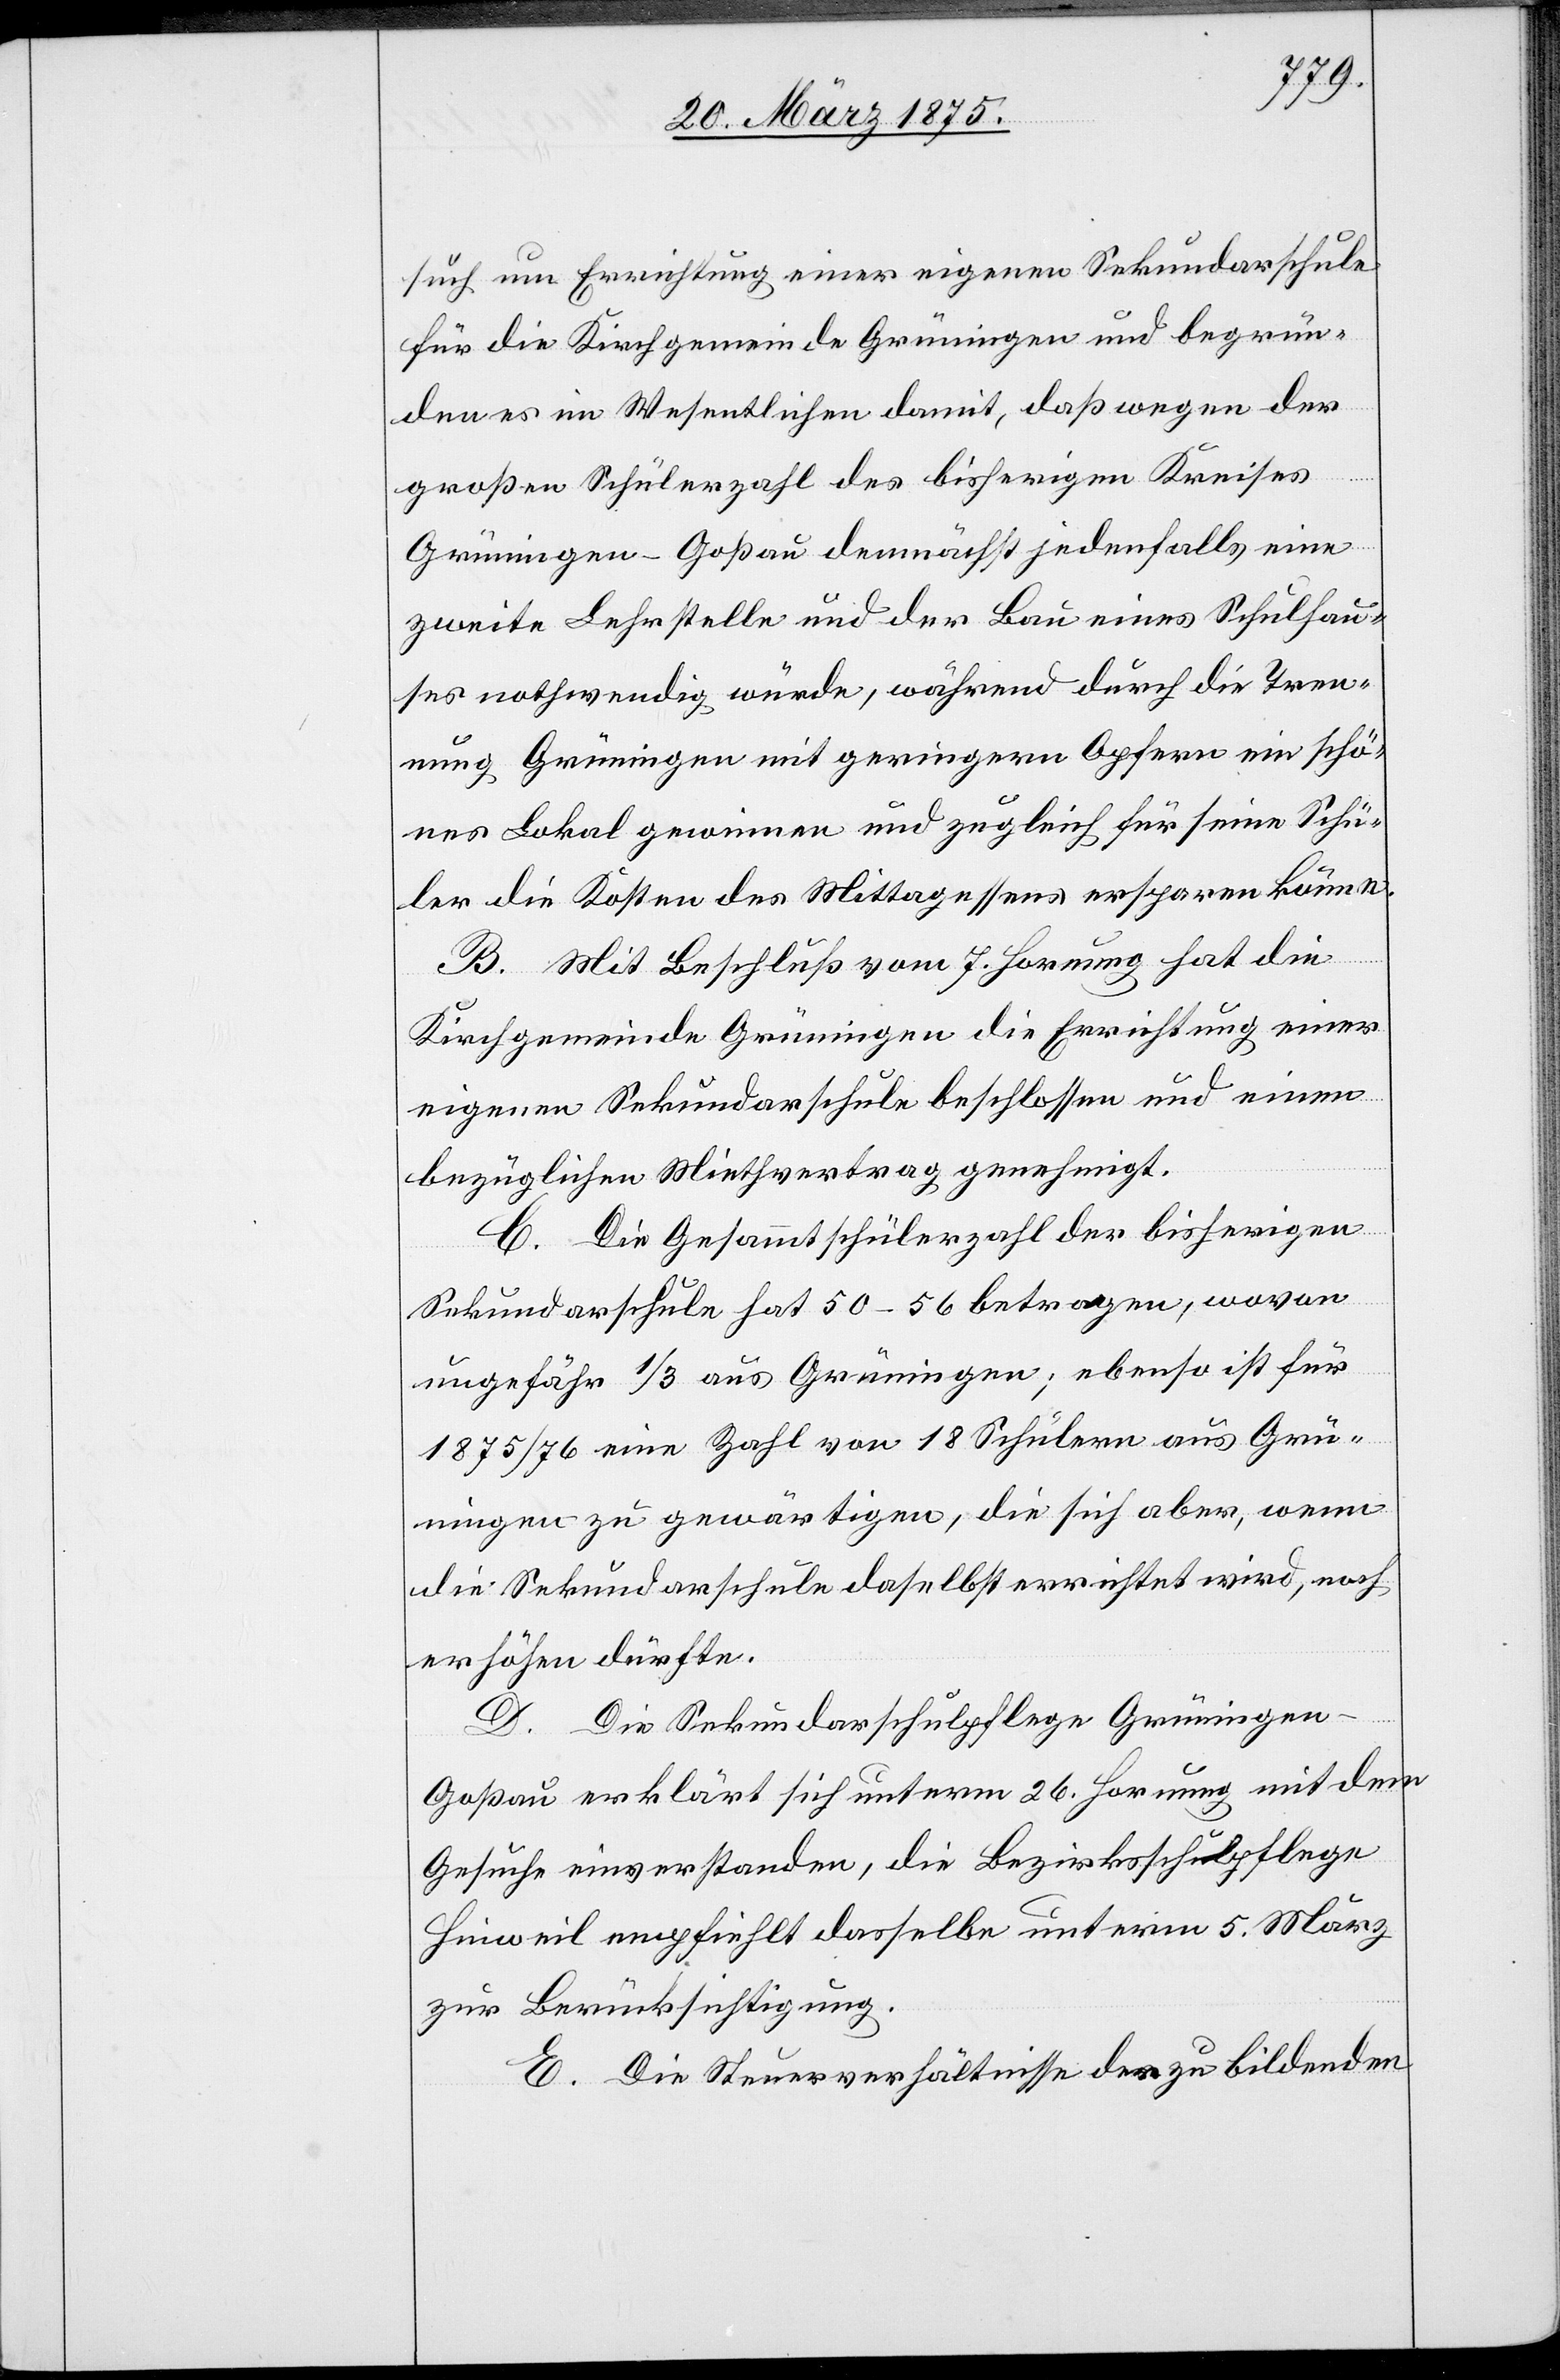
such um Errichtung einer eigenen Sekundarschule
für die Kirchgemeinde Grüningen und begrün¬
den es im Wesentlichen damit, daß wegen der
großen Schülerzahl des bisherigen Kreises
Grüningen–Goßau demnächst jedenfalls, eine
zweite Lehrstelle und der Bau eines Schulhau¬
ses nothwendig würde, während durch die Tren¬
nung Grüningen mit geringern Opfern ein schö¬
nes Lokal gewinnen und zugleich für seine Schü¬
ler die Kosten des Mittagessens ersparen könne.
B. Mit Beschluß vom 7. Hornung hat die
Kirchgemeinde Grüningen die Errichtung einer
eigenen Sekundarschule beschlossen und einen
bezüglichen Miethvertrag genehmigt
C. Die Gesamtschülerzahl der bisherigen
Sekundarschule hat 50–56 betragen, wovon
ungefähr 1/3 aus Grüningen; ebenso ist für
1875/76 eine Zahl von 18 Schülern aus Grü¬
ningen zu gewärtigen, die sich aber, wenn
die Sekundarschule daselbst errichtet wird, noch
erhöhen dürfte.
D. Die Sekundarschulpflege Grüninge¬
n–Goßau erklärt sich unterm 26. Hornung mit dem
Gesuche einverstanden, die Bezirksschulpflege
Hinweil empfiehlt dasselbe unterm 5. März
zur Berücksichtigung.
E. Die Steuerverhältnisse des zu bildenden